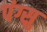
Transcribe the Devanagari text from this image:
पंग्सु